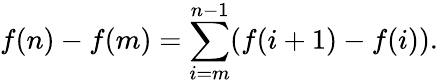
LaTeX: f(n)-f(m)=\sum_{i=m}^{n-1}(f(i+1)-f(i)).